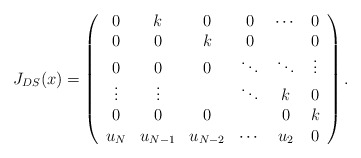
\begin{align*}J_{DS}(x)=\left( \begin{array}{cccccc} 0&k&0&0&\cdots&0\\ 0&0&k&0&&0\\ 0&0&0&\ddots&\ddots&\vdots\\ \vdots&\vdots&&\ddots&k&0\\ 0&0&0&&0&k\\ u_N&u_{N-1}&u_{N-2}&\cdots&u_2&0\end{array}\right).\end{align*}